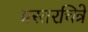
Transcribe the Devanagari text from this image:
प्रस्तरचित्रे